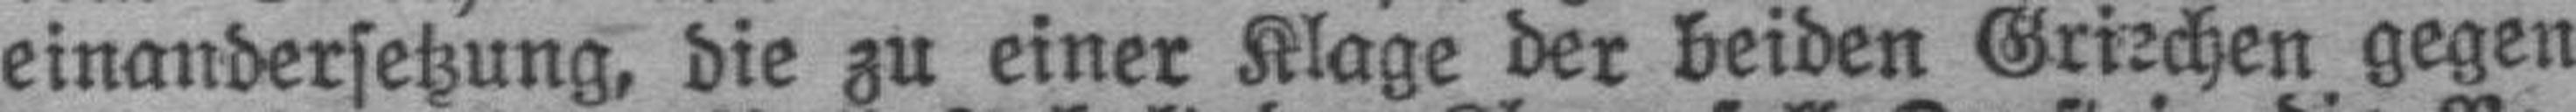
einandersetzung, die zu einer Klage der beiden Griechen gegen